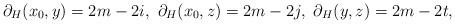
LaTeX: \begin{align*}\partial_H(x_0,y)=2m-2i,\ \partial_H(x_0,z)=2m-2j,\ \partial_H(y,z)=2m-2t,\end{align*}